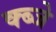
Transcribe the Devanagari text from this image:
क्ब्जे